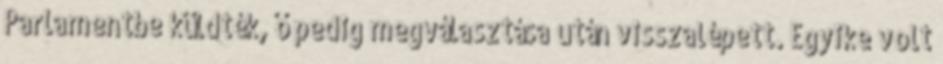
Parlamentbe küldték, ő pedig megválasztása után visszalépett. Egyike volt